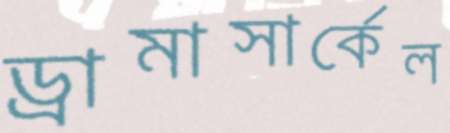
ড্রামাসার্কেল